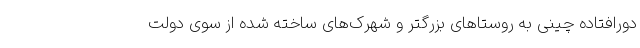
دورافتاده چینی به روستاهای بزرگتر و شهرک‌های ساخته شده از سوی دولت